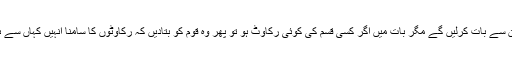
ہم ان سے بات کرلیں گے مگر بات میں اگر کسی قسم کی کوئی رکاوٹ ہو تو پھر وہ قوم کو بتادیں کہ رکاوٹوں کا سامنا انہیں کہاں سے ہے۔